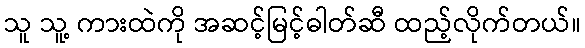
သူ သူ့ ကားထဲကို အဆင့်မြင့်ဓါတ်ဆီ ထည့်လိုက်တယ်။